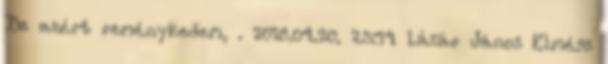
De azért reménykedem, . 2018.04.20. 23:14 Lázár János Elmész